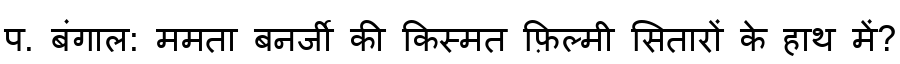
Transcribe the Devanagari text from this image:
प. बंगाल: ममता बनर्जी की किस्मत फ़िल्मी सितारों के हाथ में?